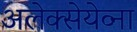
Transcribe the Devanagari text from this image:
अलेक्सेयेव्ना